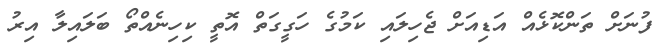
ފުނަށް ތަންކޮޅެއް އަޑިއަށް ޖެހިލައި ކަމުގެ ހަގީގަތް އޮތީ ކިހިނެއްތޯ ބަލައިލާ އިރު